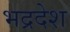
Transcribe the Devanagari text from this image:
भद्रदेश